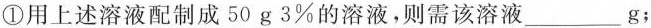
①用上述溶液配制成50g3%的溶液，则需该溶液___g；